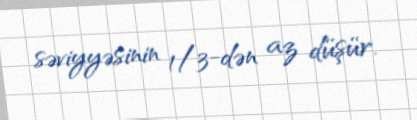
səviyyəsinin 1/3-dən az düşür.